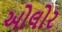
ઓલોર